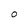
Character: O